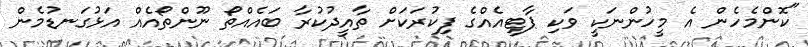
"ކޮންމެހެން އެ މީހުންނަކީ ވަކި ޕާޓީއެއްގެ ފިކުރަކަށް ތާއީދުކުރާ ބައެއްތޯ ނޫންތޯއެއް އަޅުގަނޑުމެން